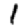
Digit: 1